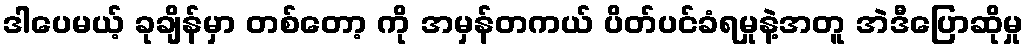
ဒါပေမယ့် ခုချိန်မှာ တစ်တော့ ကို အမှန်တကယ် ပိတ်ပင်ခံရမှုနဲ့အတူ အဲဒီပြောဆိုမှု